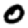
Digit: 0